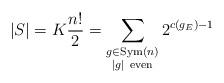
LaTeX: \begin{align*}|S| = K \frac{n!}{2} = \sum_{\substack{g \in \mathrm{Sym}(n)\\ |g|\ \mathrm{even}}} 2^{c(g_E)-1}\end{align*}